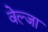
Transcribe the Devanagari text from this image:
वेल्जा